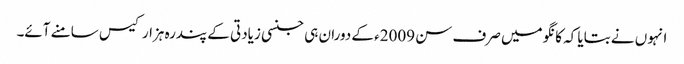
انہوں نے بتایا کہ کانگو میں صرف سن 2009ء کے دوران ہی جنسی زیادتی کے پندرہ ہزار کیس سامنے آئے۔